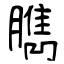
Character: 臇